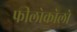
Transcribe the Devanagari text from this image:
फीलोकोलो